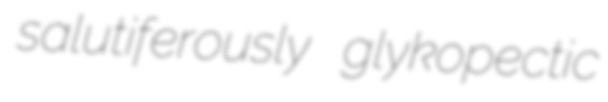
salutiferously glykopectic